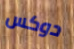
دوكس